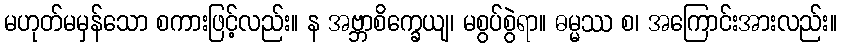
မဟုတ်မမှန်သော စကားဖြင့်လည်း။ န အဗ္ဘာစိက္ခေယျ၊ မစွပ်စွဲရာ။ ဓမ္မဿ စ၊ အကြောင်းအားလည်း။